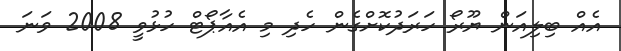
އެއް ބިލިއަން ޔޫރޯ ހަރަދުކޮށްގެން ހެދި މި އެއާޕޯޓް ހުޅުވީ 2008 ވަނަ